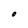
Character: O